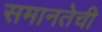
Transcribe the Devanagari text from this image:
समानतेची